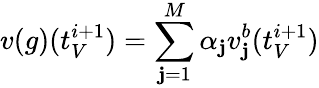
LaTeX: v(g)(t_{V}^{i+1})=\sum_{\mathbf{j}=1}^{M}\alpha_{\mathbf{j}}v_{\mathbf{j}}^{b}(t_{V}^{i+1})